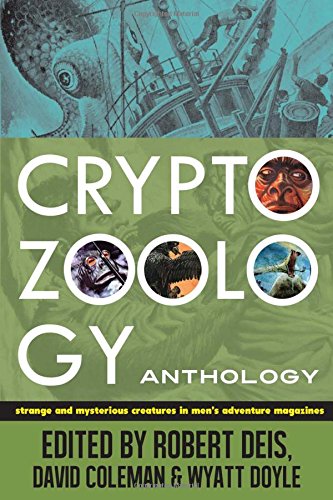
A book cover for Cryptozoology Anthology: Strange and Mysterious Creatures in Men's Adventure Magazines; Literature & Fiction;